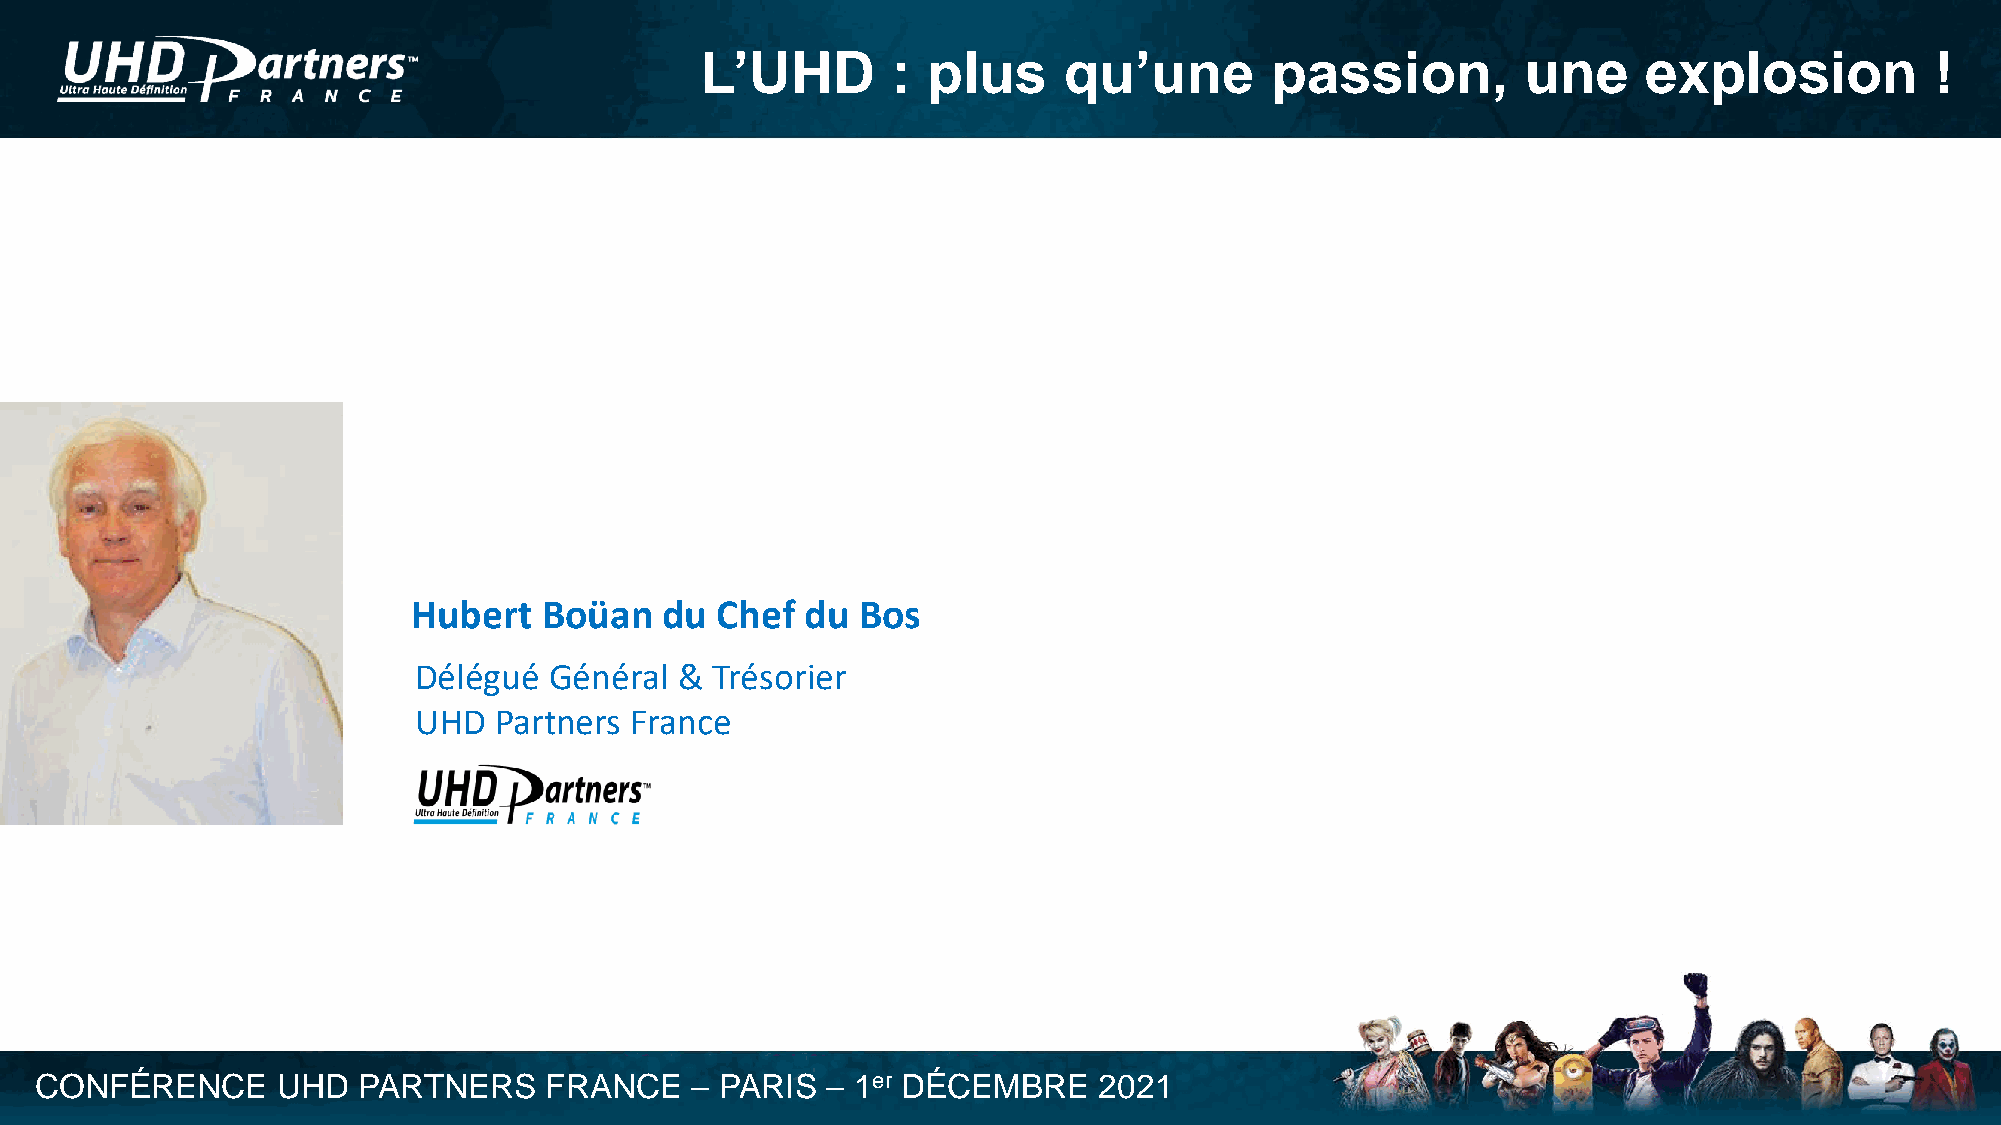
L’UHD        : plus     qu’une        passion,         une     explosion          !
 Hubert   Boüan   du Chef  du  Bos
 Délégué  Général  & Trésorier
 UHD   Partners France
 CONFÉRENCE      UHD   PARTNERS    FRANCE    – PARIS  – 1er DÉCEMBRE    2021